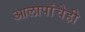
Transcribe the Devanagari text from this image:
आलापांचेही